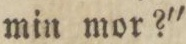
min mor?'